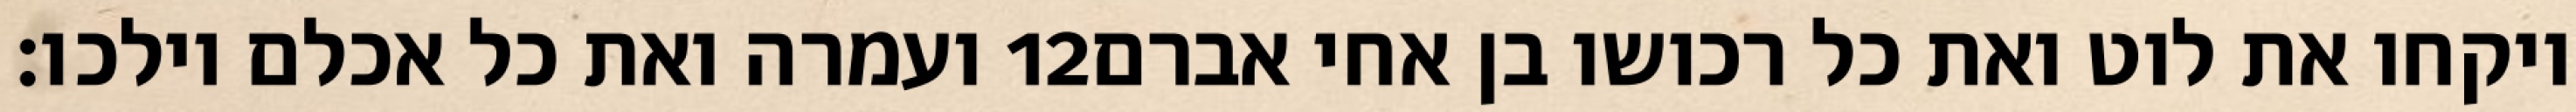
ועמרה ואת כל אכלם וילכו׃ ‎12‏ ויקחו את לוט ואת כל רכושו בן אחי אברם